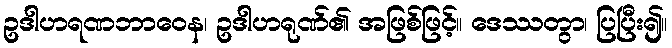
ဥဒါဟရဏဘာဝေန၊ ဥဒါဟရုဏ်၏ အဖြစ်ဖြင့်။ ဒေဿတွာ၊ ပြပြီး၍။